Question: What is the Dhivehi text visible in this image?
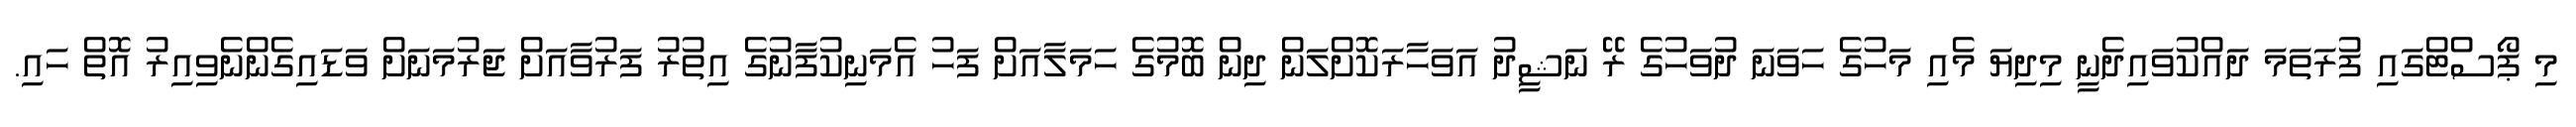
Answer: މި ޕޯސްޓްގައި ފުރަތަމަ ދައްކުވައިދެނީ މިދިޔަ މެއި މަހުގެ ހަވަނަ ދުވަހުގެ ރޭ ނަޝީދު އަވަހާރަކޮށްލަން ދިން ބޮމުގެ ހަމަލާއަށް ފަހު އެމަނިކުފާނުގެ އިތުރު ފަރުވާއަށް ޖަރުމަނަށް ވަޑައިގެންނެވިއިރު އޮތް ހައި.